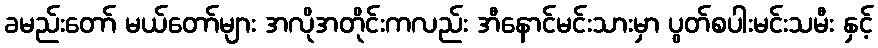
ခမည်းတော် မယ်တော်များ အလိုအတိုင်းကလည်း အီနောင်မင်းသားမှာ ပွတ်စပါးမင်းသမီး နှင့်